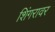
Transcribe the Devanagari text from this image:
शिंगरावर